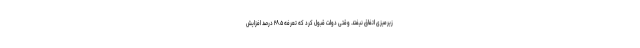
زیرمیزی اتفاق نیفتد. وقتی دولت قبول کرد که تعرفه ۲۸.۵ درصد افزایش